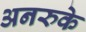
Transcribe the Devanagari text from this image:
अनरुके